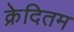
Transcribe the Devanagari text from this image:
क्रेदितम